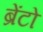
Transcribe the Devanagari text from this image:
ब्रेंटो